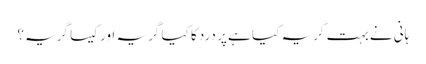
ہانی نے بہت گریہ کیا ہے پر درد کا کیا گریہ اور کیسا گریہ؟